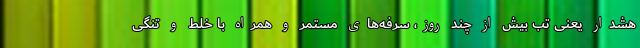
هشدار یعنی تب بیش از چند روز، سرفه‌های مستمر و همراه با خلط و تنگی